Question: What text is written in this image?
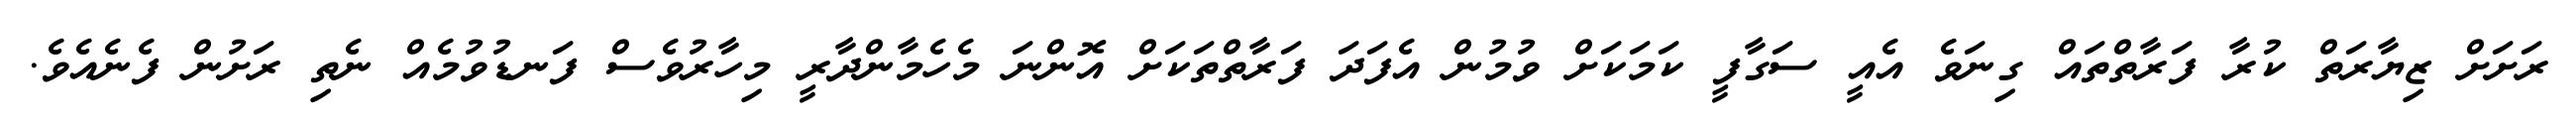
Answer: ރަށަށް ޒިޔާރަތް ކުރާ ފަރާތްތައް ގިނަވެ އެއީ ސަގާފީ ކަމަކަށް ވުމުން އެފަދަ ފަރާތްތަކަށް އޮންނަ މެހެމާންދާރީ މިހާރުވެސް ފަނޑުވުމެއް ނެތި ރަށުން ފެނެއެވެ.